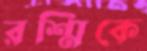
রশ্মিকে